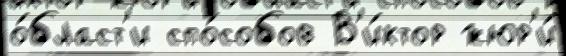
о́бласт'и спо́собов В'и́ктор жюр'и́